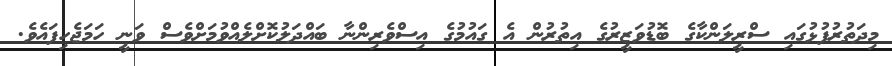
މިދަތުރުފުޅުގައި ސްރީލަންކާގެ ބޮޑުވަޒީރުގެ އިތުރުން އެ ގައުމުގެ އިސްވެރިންނާ ބައްދަލުކޮށްލެއްވުމަށްވެސް ވަނީ ހަމަޖެހިފައެވެ.